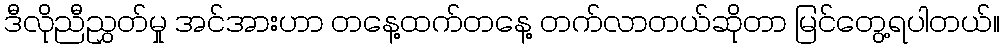
ဒီလိုညီညွှတ်မှု အင်အားဟာ တနေ့ထက်တနေ့ တက်လာတယ်ဆိုတာ မြင်တွေ့ရပါတယ်။